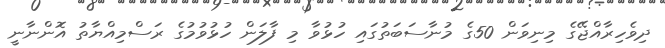
ދިވެހިރާއްޖޭގެ މިނިވަން 50ގެ މުނާސަބަތުގައި ހުޅުވާ މި ފާލަން ހުޅުވުމުގެ ރަސްމިއްޔާތު އޮންނާނީ